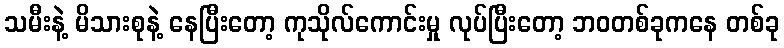
သမီးနဲ့ မိသားစုနဲ့ နေပြီးတော့ ကုသိုလ်ကောင်းမှု လုပ်ပြီးတော့ ဘဝတစ်ခုကနေ တစ်ခု